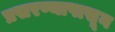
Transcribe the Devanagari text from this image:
प्रसरण्यापासून